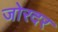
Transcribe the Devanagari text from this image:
जोरदर